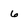
Character: 6